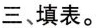
三、填表。